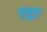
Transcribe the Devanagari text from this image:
एहूड